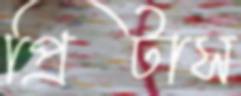
প্রিটাস